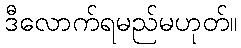
ဒီလောက်ရမည်မဟုတ်။